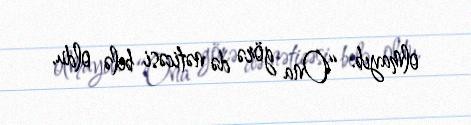
olmayıb: “Ona görə də nəticəsi belə oldu.